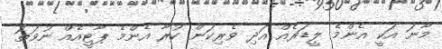
މާނަ އަކީ އެންމެ ލީޑަރެއް އަދި ވެރިކަން ކުރާ އެންމެ ޕާޓީއެއް ނުވަތަ